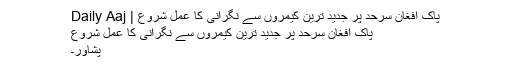
پاک افغان سرحد پر جدید ترین کیمروں سے نگرانی کا عمل شروع | Daily Aaj
پاک افغان سرحد پر جدید ترین کیمروں سے نگرانی کا عمل شروع
پشاور۔